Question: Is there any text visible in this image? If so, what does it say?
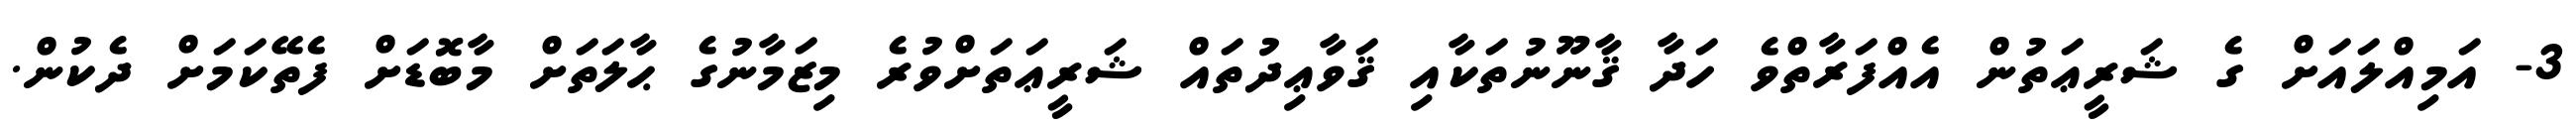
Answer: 3- އަމިއްލައަށް ގެ ޝަރީޢަތުން އެއްފަރާތްވެ ހަދާ ޤާނޫނުތަކާއި ޤަވާޢިދުތައް ޝަރީޢަތަށްވުރެ މިޒަމާނުގެ ޙާލަތަށް މާބޮޑަށް ފެތޭކަމަށް ދެކުން.